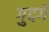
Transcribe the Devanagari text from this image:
गुदगे